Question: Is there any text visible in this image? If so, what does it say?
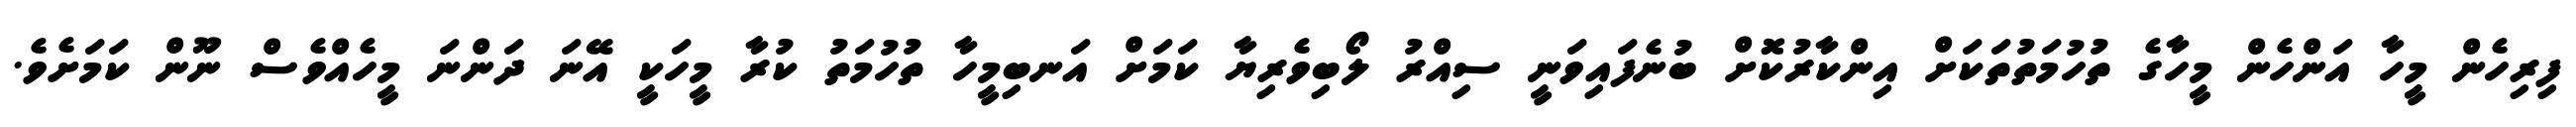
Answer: ފިރިހެން މީހާ އަންހެން މީހާގެ ތުހުމަތުތަކަށް އިންކާރުކޮށް ބުނެފައިވަނީ ސިއްރު ލޯބިވެރިޔާ ކަމަށް އަނބިމީހާ ތުހުމަތު ކުރާ މީހަކީ އޭނަ ދަންނަ މީހެއްވެސް ނޫން ކަމަށެވެ.